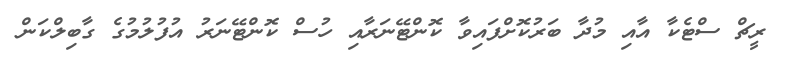
ރީޗް ސްޓެކާ އާއި މުދާ ބަރުކޮށްފައިވާ ކޮންޓޭނަރާއި ހުސް ކޮންޓޭނަރު އުފުލުމުގެ ގާބިލްކަން